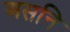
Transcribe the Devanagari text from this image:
असनि